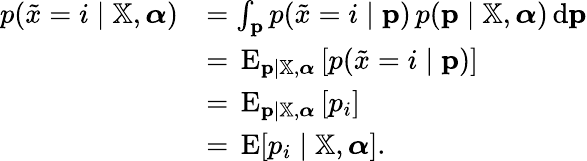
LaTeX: {\begin{array}{rl}{p({\tilde{x}}=i\mid\mathbb{X},{\boldsymbol{\alpha}})}&{=\int_{\mathbf{p}}p({\tilde{x}}=i\mid\mathbf{p})\, p(\mathbf{p}\mid\mathbb{X},{\boldsymbol{\alpha}})\, {\textrm{d}}\mathbf{p}}\\ &{=\, \operatorname{E}_{\mathbf{p}\mid\mathbb{X},{\boldsymbol{\alpha}}}\left[p({\tilde{x}}=i\mid\mathbf{p})\right]}\\ &{=\, \operatorname{E}_{\mathbf{p}\mid\mathbb{X},{\boldsymbol{\alpha}}}\left[p_{i}\right]}\\ &{=\, \operatorname{E}[p_{i}\mid\mathbb{X},{\boldsymbol{\alpha}}].}\end{array}}